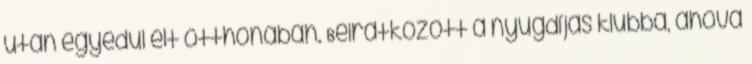
után egyedül élt otthonában. Beiratkozott a nyugdíjas klubba, ahová